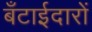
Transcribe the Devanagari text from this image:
बँटाईदारों